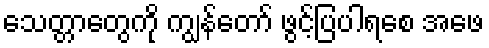
သေတ္တာတွေကို ကျွန်တော် ဖွင့်ပြပါရစေ အဖေ